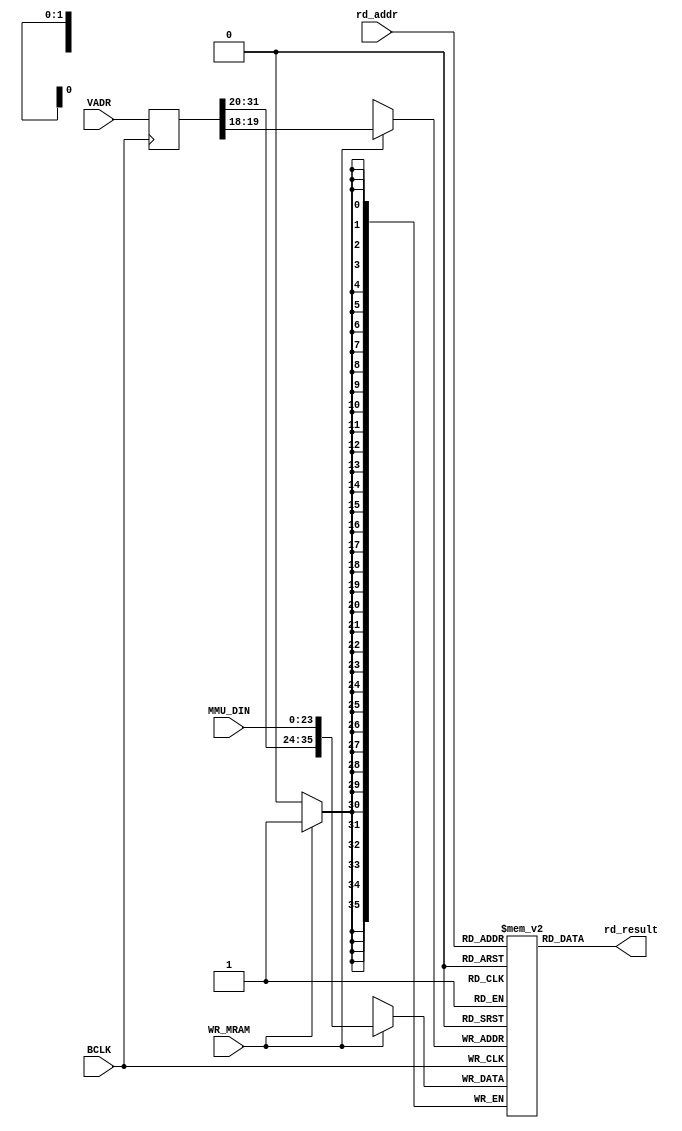
// This program was cloned from: https://github.com/TeamVoss/VossII
// License: Apache License 2.0


module b222 (BCLK, WR_MRAM, VADR, MMU_DIN, rd_addr, rd_result);

input                   BCLK;
input			WR_MRAM;
input   [31:0]		VADR;
input  [23:0]		MMU_DIN;
input  [1:0]		rd_addr;
output [35:0]		rd_result;

reg             [31:0]  VADR_R;
reg             [35:0]  MMU_TAGS [0:3];

    always @(posedge BCLK) VADR_R <= VADR;

    always @(negedge BCLK) if (WR_MRAM) MMU_TAGS[VADR_R[19:18]] <= {VADR_R[31:20],MMU_DIN[23:0]};

    assign rd_result = MMU_TAGS[rd_addr];

endmodule